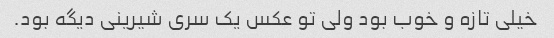
خیلی تازه و خوب بود ولی تو عکس یک سری شیرینی دیگه بود.